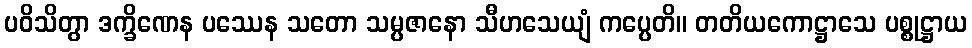
ပဝိသိတွာ ဒက္ခိဏေန ပဿေန သတော သမ္ပဇာနော သီဟသေယျံ ကပ္ပေတိ။ တတိယကောဋ္ဌာသေ ပစ္စုဋ္ဌာယ